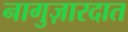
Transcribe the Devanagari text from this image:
नागुज़ारदात